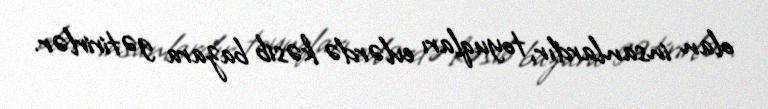
olan insanlardır, toyuqları evlərdə kəsib bazara gətirirlər.